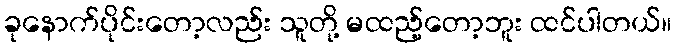
ခုနောက်ပိုင်းတော့လည်း သူတို့ မထည့်တော့ဘူး ထင်ပါတယ်။